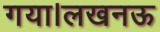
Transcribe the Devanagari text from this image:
गया।लखनऊ